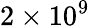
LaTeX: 2\times 10^{9}